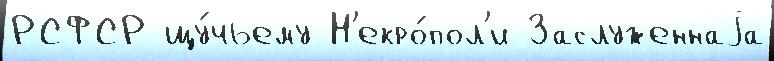
РСФСР щу́чьему Н'екро́пол'и Заслуженнаjа